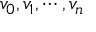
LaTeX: v _ { 0 } , v _ { 1 } , \cdots , v _ { n }